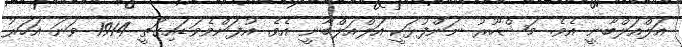
އަލްއަލްބާނީ އެވެ. މަޝްހޫރު ނަންފުޅަކީ އަލްއަލްބާނީ އެވެ. އުފަންވެވަޑައިގަތީ 1914 ވަނަ އަހަރު